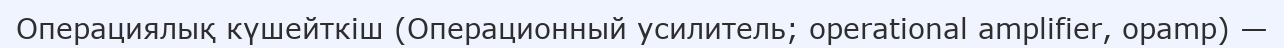
Операциялық күшейткіш (Операционный усилитель; operational amplifier, opamp) —